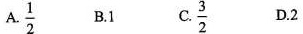
A. \frac{1}{2} B.1 C. \frac{3}{2} D.2